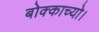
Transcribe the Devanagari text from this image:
बोक्काच्यो।